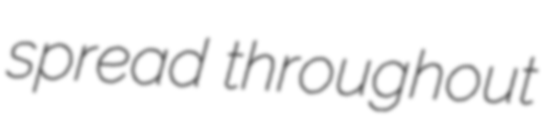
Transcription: spread throughout